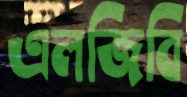
এলজিবি